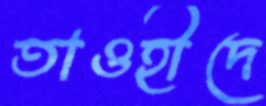
তাওহীদে